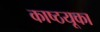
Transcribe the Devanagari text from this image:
काष्ठयूका